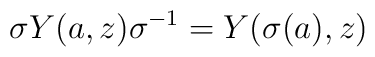
\sigma Y(a,z)\sigma^{-1} = Y(\sigma(a),z)